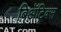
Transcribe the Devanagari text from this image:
बिॲट्रिक्स